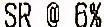
SR @ 6%